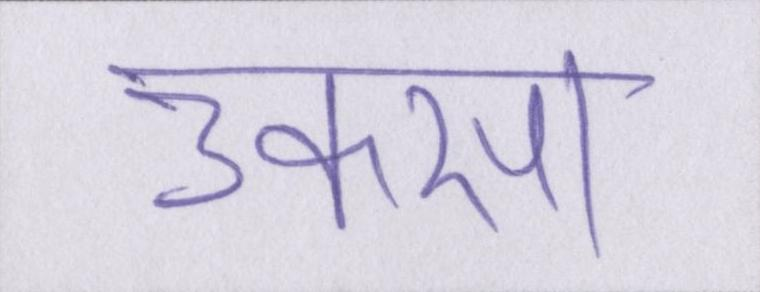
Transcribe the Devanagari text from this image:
उकसा